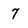
Character: 7